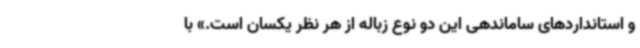
و استانداردهای ساماندهی این دو نوع زباله از هر نظر یکسان است.» با